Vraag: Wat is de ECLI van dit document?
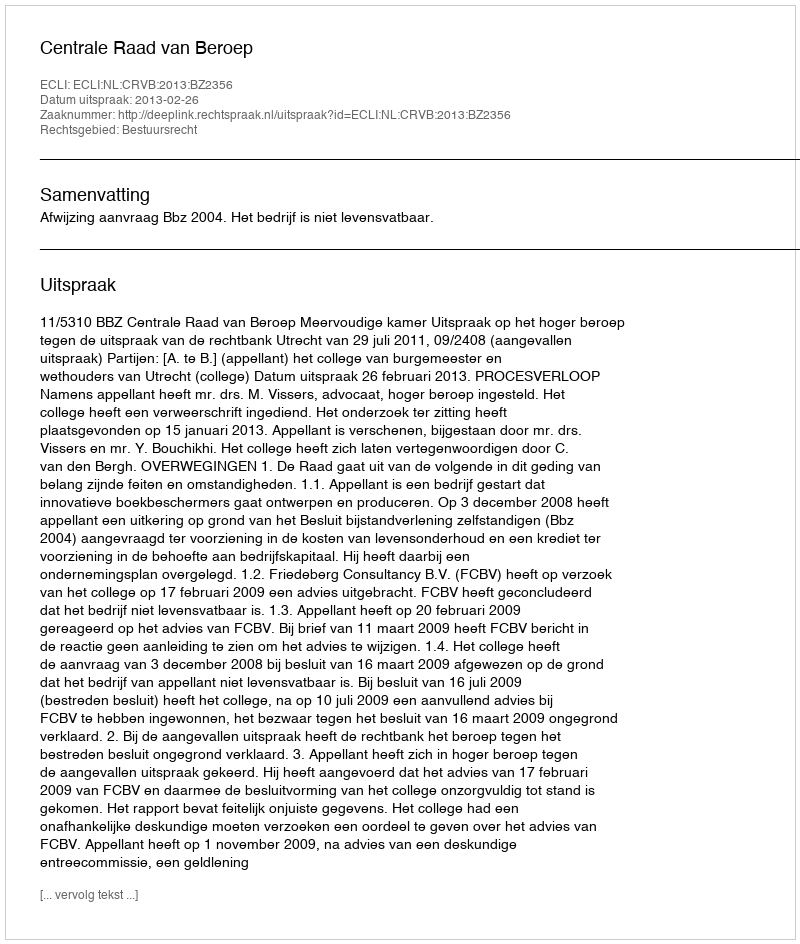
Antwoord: ECLI:NL:CRVB:2013:BZ2356